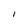
Character: 1